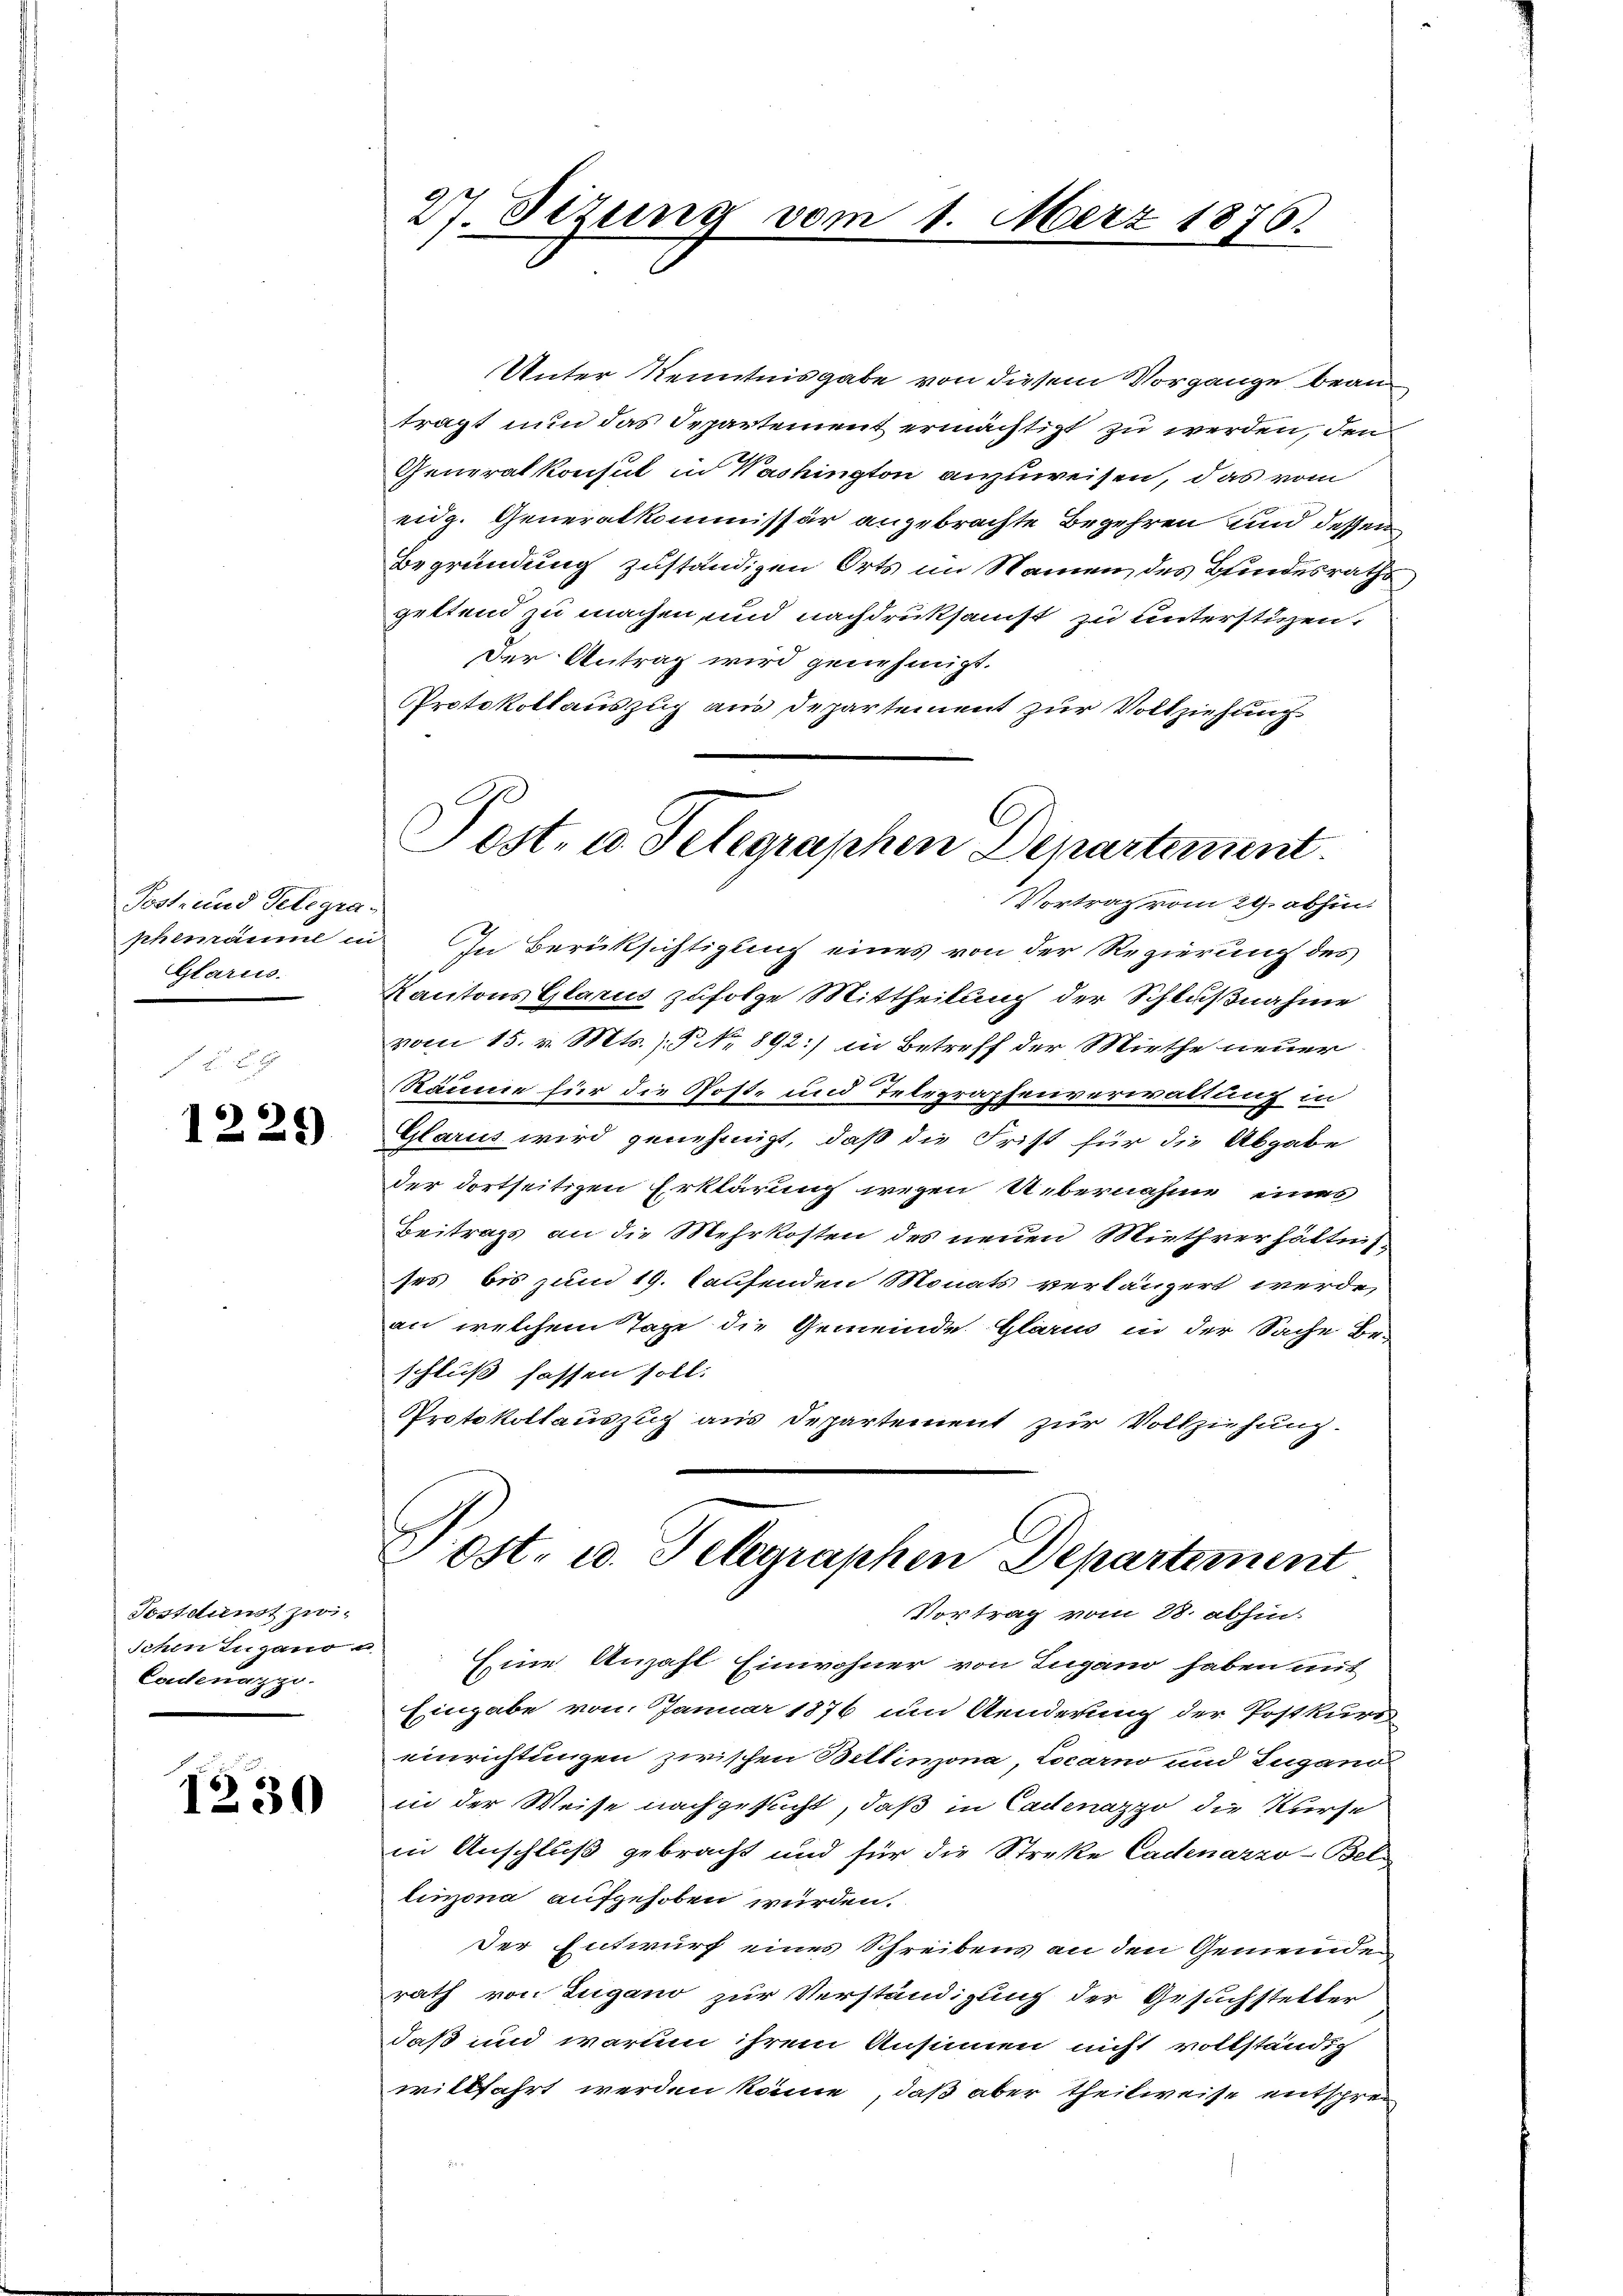
Post- und Telegra
phemannil c.
Glarus.

1229

Postdunst zwi-
Ichen Lugano
Codenappo

1230

27. Sizung vom

Üerz 1876.

Post- u. Telegraphen Departement
Vortrag vom 29. abhin.

Unter Kenntnisgabe von diesem Vorgange bean
tragt nun das Departement ermächtigt zu werden, den
Generalkonsul in Washington anzuweisen, das vom
eidg. Generalkommissär angebrachte Begehren und dessen
Begründung zuständigen Orts im Namen des Bundesraths
geltend zu machen und nachdruksamst zu unterstüzen.
Der Antrag wird genehmigt.
Protokollauszug aus Departement zur Vollziehung
In Berüksichtigung eines von der Regierung des
Kantons Glarus zufolge Mittheilung der Schlußnahme
vom 15. v. Mts. No 892) in Betreff der Miethe neuer
Räume für die Post- und Telegraphenverwaltung in
Glarus wird genehmigt, daß die Frist für die Abgabe
der dortseitigen Erklärung wegen Übernahme eines
Beitrags an die Mehrkosten des neuen Miethverhältnis-
ses bis zum 19. laufenden Monats verlängert werde,
an welchem Tage die Gemeinde Glarus in der Sache Be-
schluß fassen soll.
Protokollauszug aus Departement zur Vollziehung.
Post- u. Telegraphen Departement
Vortrag vom 28. abhin
Eine Anzahl Einwohner von Zugano haben mit
Eingabe von Januar 1876 um Aenderung der Postkurs
einrichtungen zwischen Bellinzona, Locarno und Zugano
in der Weise nachgesucht, daß in Cadenazzo die Kurse
in Anschluß gebracht und für die Streke Cadenarzo-Bel-
linzona aufgehoben würden.
Der Entwurf eines Schreibens an den Gemeinde
rath von Zugano zur Verständigung der Gesuchstetter
daß und warum ihrem Ansinnen nicht vollständig
willfahrt werden könne, daß aber theilweise entsprec